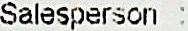
SALESPERSON :